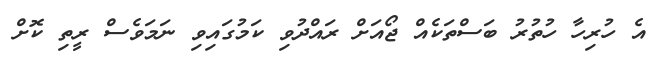
އެ ހުރިހާ ހުތުރު ބަސްތަކެއް ޖޯއަށް ރައްދުވި ކަމުގައިވި ނަމަވެސް ރީތި ކޮށް